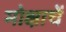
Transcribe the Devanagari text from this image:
मोक्षाचें